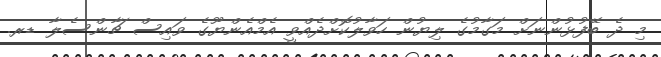
މި ދެ ބޭފުޅުންނަށް މަގާމުގެ ލިޔުން ހަވާލުކޮށްދެއްވީ އެމްއެންޔޫގެ ވައިސް ޗާންސެލާ ޑރ.